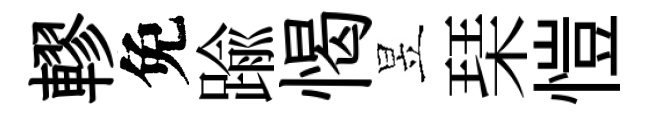
轇免踰愒昱琹愷